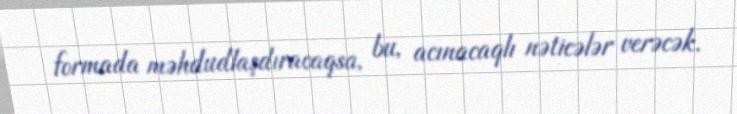
formada məhdudlaşdıracaqsa, bu, acınacaqlı nəticələr verəcək.